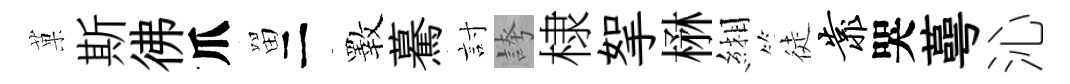
菓斯彿爪㽞二斁驀討誇棣挐楙緗徒靠哭蕚沁